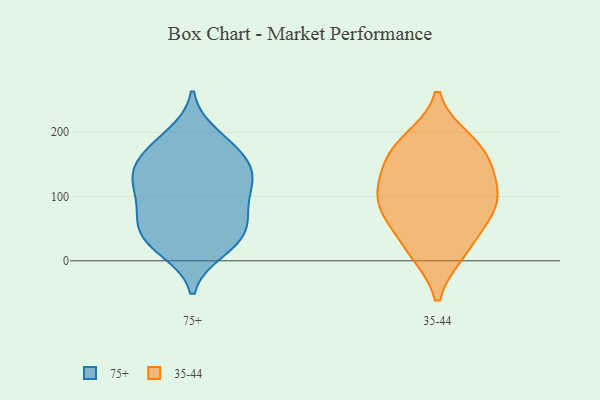
{"axis": {"x": "Backlog", "y": "Value"}, "legend": ["35-44", "75+"], "data": [{"x": "", "y": 64, "type": "75+"}, {"x": "", "y": 83, "type": "75+"}, {"x": "", "y": 29, "type": "75+"}, {"x": "", "y": 81, "type": "75+"}, {"x": "", "y": 35, "type": "75+"}, {"x": "", "y": 60, "type": "75+"}, {"x": "", "y": 176, "type": "75+"}, {"x": "", "y": 173, "type": "75+"}, {"x": "", "y": 34, "type": "75+"}, {"x": "", "y": 195, "type": "75+"}, {"x": "", "y": 130, "type": "75+"}, {"x": "", "y": 160, "type": "75+"}, {"x": "", "y": 17, "type": "75+"}, {"x": "", "y": 116, "type": "75+"}, {"x": "", "y": 132, "type": "75+"}, {"x": "", "y": 123, "type": "75+"}, {"x": "", "y": 136, "type": "75+"}, {"x": "", "y": 99, "type": "35-44"}, {"x": "", "y": 15, "type": "35-44"}, {"x": "", "y": 173, "type": "35-44"}, {"x": "", "y": 139, "type": "35-44"}, {"x": "", "y": 14, "type": "35-44"}, {"x": "", "y": 68, "type": "35-44"}, {"x": "", "y": 104, "type": "35-44"}, {"x": "", "y": 87, "type": "35-44"}, {"x": "", "y": 187, "type": "35-44"}, {"x": "", "y": 66, "type": "35-44"}, {"x": "", "y": 134, "type": "35-44"}, {"x": "", "y": 175, "type": "35-44"}]}